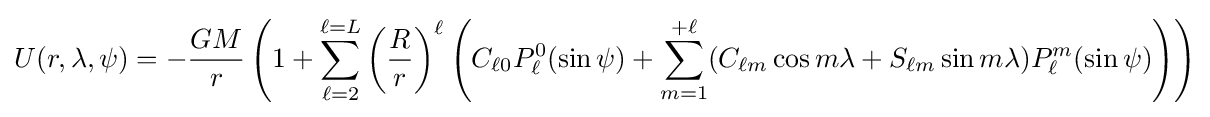
U(r,\lambda ,\psi )=-{\frac {GM}{r}}\left(1+\sum _{\ell =2}^{\ell =L}\left({\frac {R}{r}}\right)^{\ell }\left(C_{\ell 0}P_{\ell }^{0}(\sin \psi )+\sum _{m=1}^{+\ell }(C_{\ell m}\cos m\lambda +S_{\ell m}\sin m\lambda )P_{\ell }^{m}(\sin \psi )\right)\right)